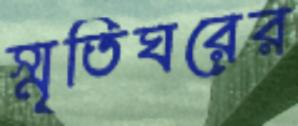
স্মৃতিঘরের